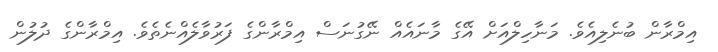
އިމްރާން ބުނެލިއެވެ. މަނާހިލްއަށް އޭގެ މާނައެއް ނޭގުނަސް އިމްރާންގެ ފަރުވާލެއްނެތެވެ. އިމްރާންގެ ދުލުން